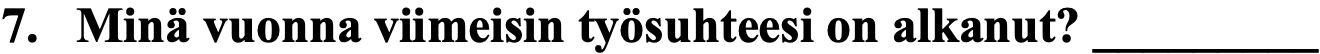
7. Minä vuonna viimeisin työsuhteesi on alkanut? _________